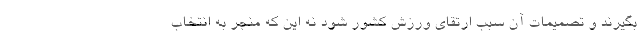
بگیرند و تصمیمات آن سبب ارتقای ورزش کشور شود نه این که منجر به انتخاب